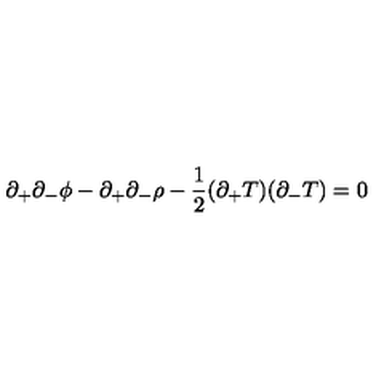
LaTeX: \partial _ { + } \partial _ { - } \phi - \partial _ { + } \partial _ { - } \rho - \frac { 1 } { 2 } ( \partial _ { + } T ) ( \partial _ { - } T ) = 0